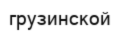
грузинской